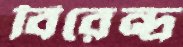
বিরেন্দ্র